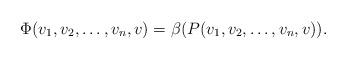
LaTeX: \begin{align*} \Phi(v_1,v_2,\ldots,v_n,v) = \beta(P(v_1,v_2,\ldots,v_n, v)) .\end{align*}